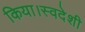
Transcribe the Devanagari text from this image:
किया।स्वदेशी